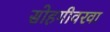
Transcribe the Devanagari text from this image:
सोहगीवरवा